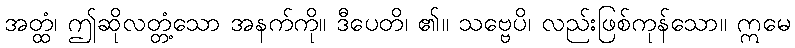
အတ္ထံ၊ ဤဆိုလတ္တံ့သော အနက်ကို။ ဒီပေတိ၊ ၏။ သဗ္ဗေပိ၊ လည်းဖြစ်ကုန်သော။ ဣမေ